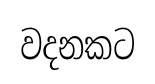
වදනකට